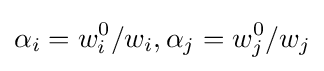
\alpha _{i}=w_{i}^{0}/w_{i},\alpha _{j}=w_{j}^{0}/w_{j}